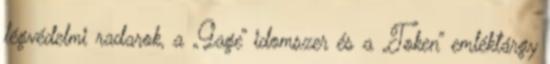
légvédelmi radarok, a „Gage” idomszer és a „Token” emléktárgy